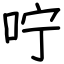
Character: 咛